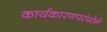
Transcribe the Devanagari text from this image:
कार्यकारणपरंपरेने